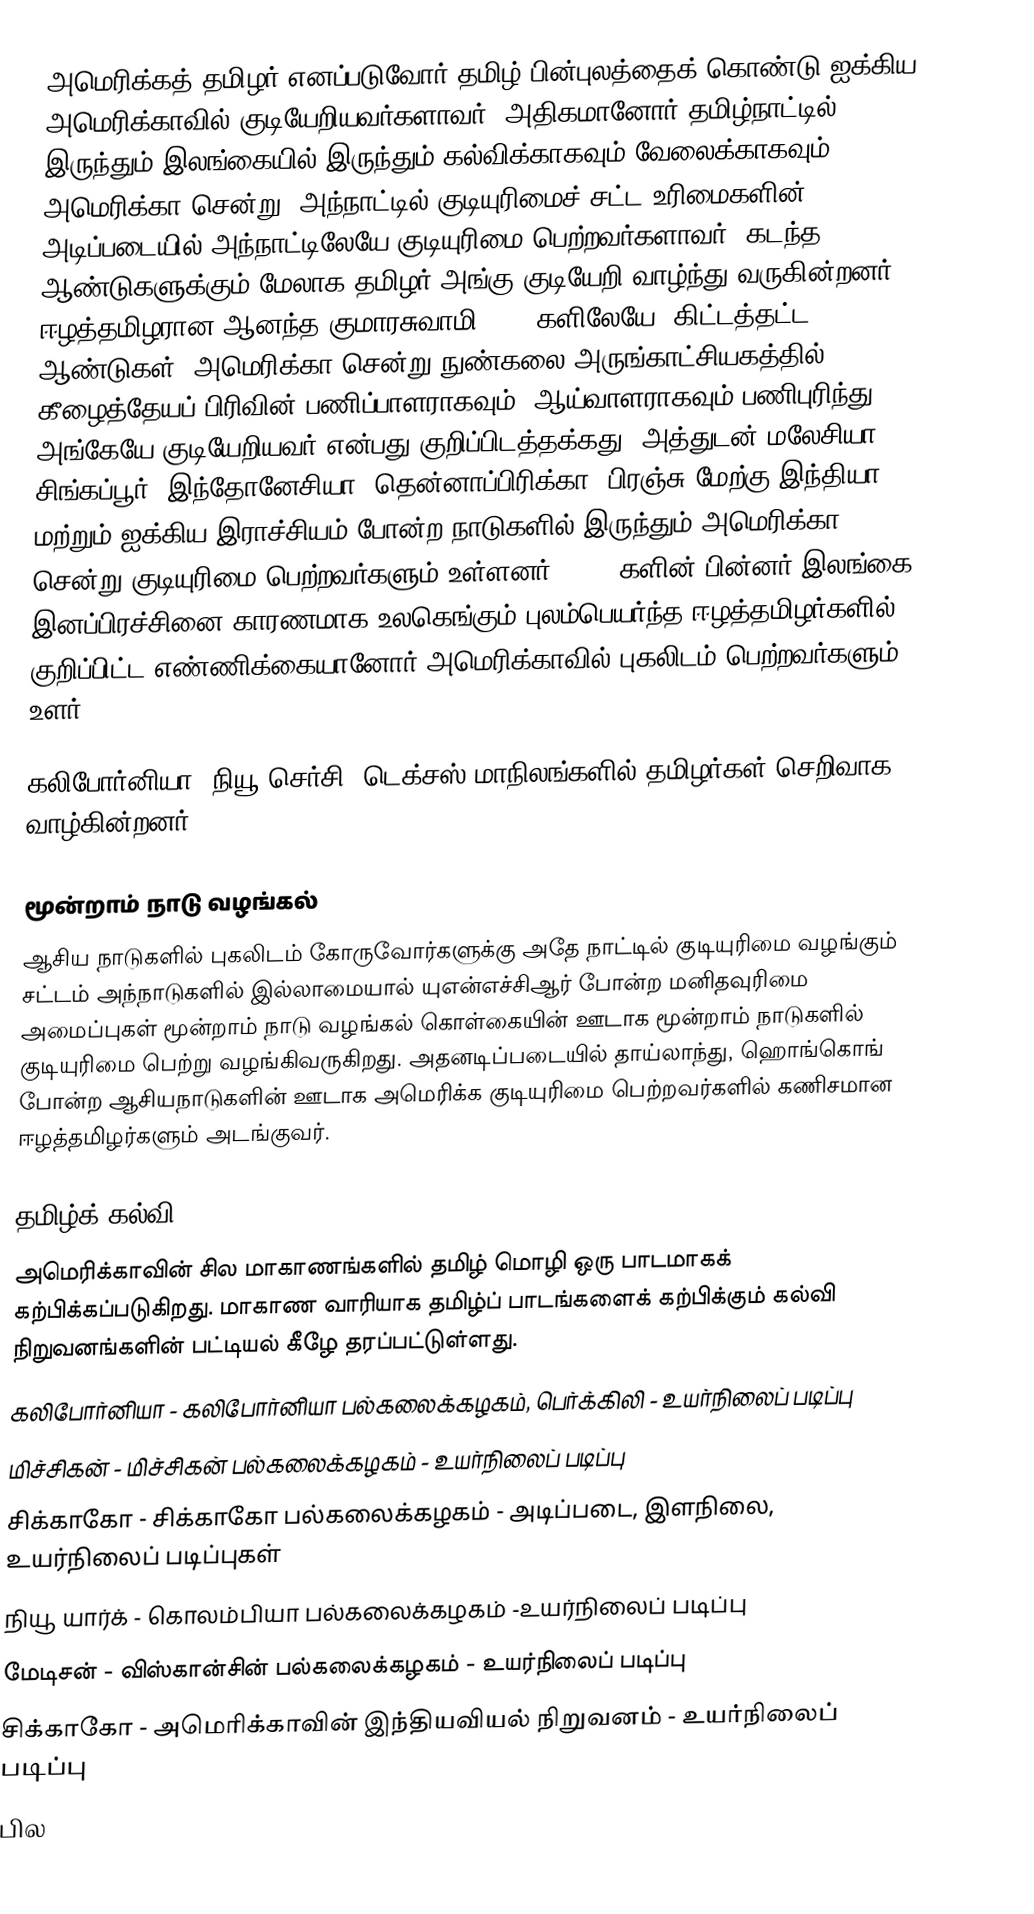
அமெரிக்கத் தமிழர் எனப்படுவோர் தமிழ் பின்புலத்தைக் கொண்டு ஐக்கிய அமெரிக்காவில் குடியேறியவர்களாவர். அதிகமானோர் தமிழ்நாட்டில் இருந்தும் இலங்கையில் இருந்தும் கல்விக்காகவும் வேலைக்காகவும் அமெரிக்கா சென்று, அந்நாட்டில் குடியுரிமைச் சட்ட உரிமைகளின் அடிப்படையில் அந்நாட்டிலேயே குடியுரிமை பெற்றவர்களாவர். கடந்த 50 ஆண்டுகளுக்கும் மேலாக தமிழர் அங்கு குடியேறி வாழ்ந்து வருகின்றனர். ஈழத்தமிழரான ஆனந்த குமாரசுவாமி 1917 களிலேயே (கிட்டத்தட்ட 100 ஆண்டுகள்) அமெரிக்கா சென்று நுண்கலை அருங்காட்சியகத்தில் கீழைத்தேயப் பிரிவின் பணிப்பாளராகவும், ஆய்வாளராகவும் பணிபுரிந்து அங்கேயே குடியேறியவர் என்பது குறிப்பிடத்தக்கது. அத்துடன் மலேசியா, சிங்கப்பூர், இந்தோனேசியா, தென்னாப்பிரிக்கா, பிரஞ்சு மேற்கு இந்தியா, மற்றும் ஐக்கிய இராச்சியம் போன்ற நாடுகளில் இருந்தும் அமெரிக்கா சென்று குடியுரிமை பெற்றவர்களும் உள்ளனர். 1983 களின் பின்னர் இலங்கை இனப்பிரச்சினை காரணமாக உலகெங்கும் புலம்பெயர்ந்த ஈழத்தமிழர்களில் குறிப்பிட்ட எண்ணிக்கையானோர் அமெரிக்காவில் புகலிடம் பெற்றவர்களும் உளர்.

கலிபோர்னியா, நியூ செர்சி, டெக்சஸ் மாநிலங்களில் தமிழர்கள் செறிவாக வாழ்கின்றனர்.

மூன்றாம் நாடு வழங்கல்
ஆசிய நாடுகளில் புகலிடம் கோருவோர்களுக்கு அதே நாட்டில் குடியுரிமை வழங்கும் சட்டம் அந்நாடுகளில் இல்லாமையால் யுஎன்எச்சிஆர் போன்ற மனிதவுரிமை அமைப்புகள் மூன்றாம் நாடு வழங்கல் கொள்கையின் ஊடாக மூன்றாம் நாடுகளில் குடியுரிமை பெற்று வழங்கிவருகிறது. அதனடிப்படையில் தாய்லாந்து, ஹொங்கொங் போன்ற ஆசியநாடுகளின் ஊடாக அமெரிக்க குடியுரிமை பெற்றவர்களில் கணிசமான ஈழத்தமிழர்களும் அடங்குவர்.

தமிழ்க் கல்வி
அமெரிக்காவின் சில மாகாணங்களில் தமிழ் மொழி ஒரு பாடமாகக் கற்பிக்கப்படுகிறது. மாகாண வாரியாக தமிழ்ப் பாடங்களைக் கற்பிக்கும் கல்வி நிறுவனங்களின் பட்டியல் கீழே தரப்பட்டுள்ளது.
 கலிபோர்னியா - கலிபோர்னியா பல்கலைக்கழகம், பெர்க்கிலி - உயர்நிலைப் படிப்பு
 மிச்சிகன் - மிச்சிகன் பல்கலைக்கழகம் - உயர்நிலைப் படிப்பு
 சிக்காகோ - சிக்காகோ பல்கலைக்கழகம் - அடிப்படை, இளநிலை, உயர்நிலைப் படிப்புகள்
 நியூ யார்க் - கொலம்பியா பல்கலைக்கழகம் -உயர்நிலைப் படிப்பு
 மேடிசன் - விஸ்கான்சின் பல்கலைக்கழகம் - உயர்நிலைப் படிப்பு
 சிக்காகோ - அமெரிக்காவின் இந்தியவியல் நிறுவனம் - உயர்நிலைப் படிப்பு
 பில